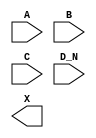
module sky130_fd_sc_ls__or4b (
    //# {{data|Data Signals}}
    input  A  ,
    input  B  ,
    input  C  ,
    input  D_N,
    output X
);

    // Voltage supply signals
    supply1 VPWR;
    supply0 VGND;
    supply1 VPB ;
    supply0 VNB ;

endmodule